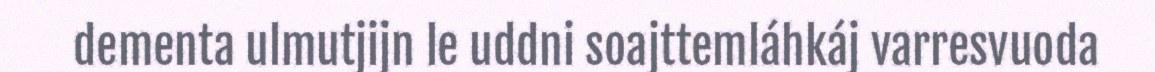
dementa ulmutjijn le uddni soajttemláhkáj varresvuoda